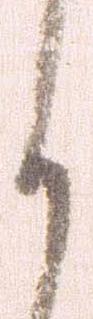
く